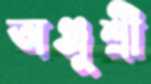
অঞ্জুশ্রী